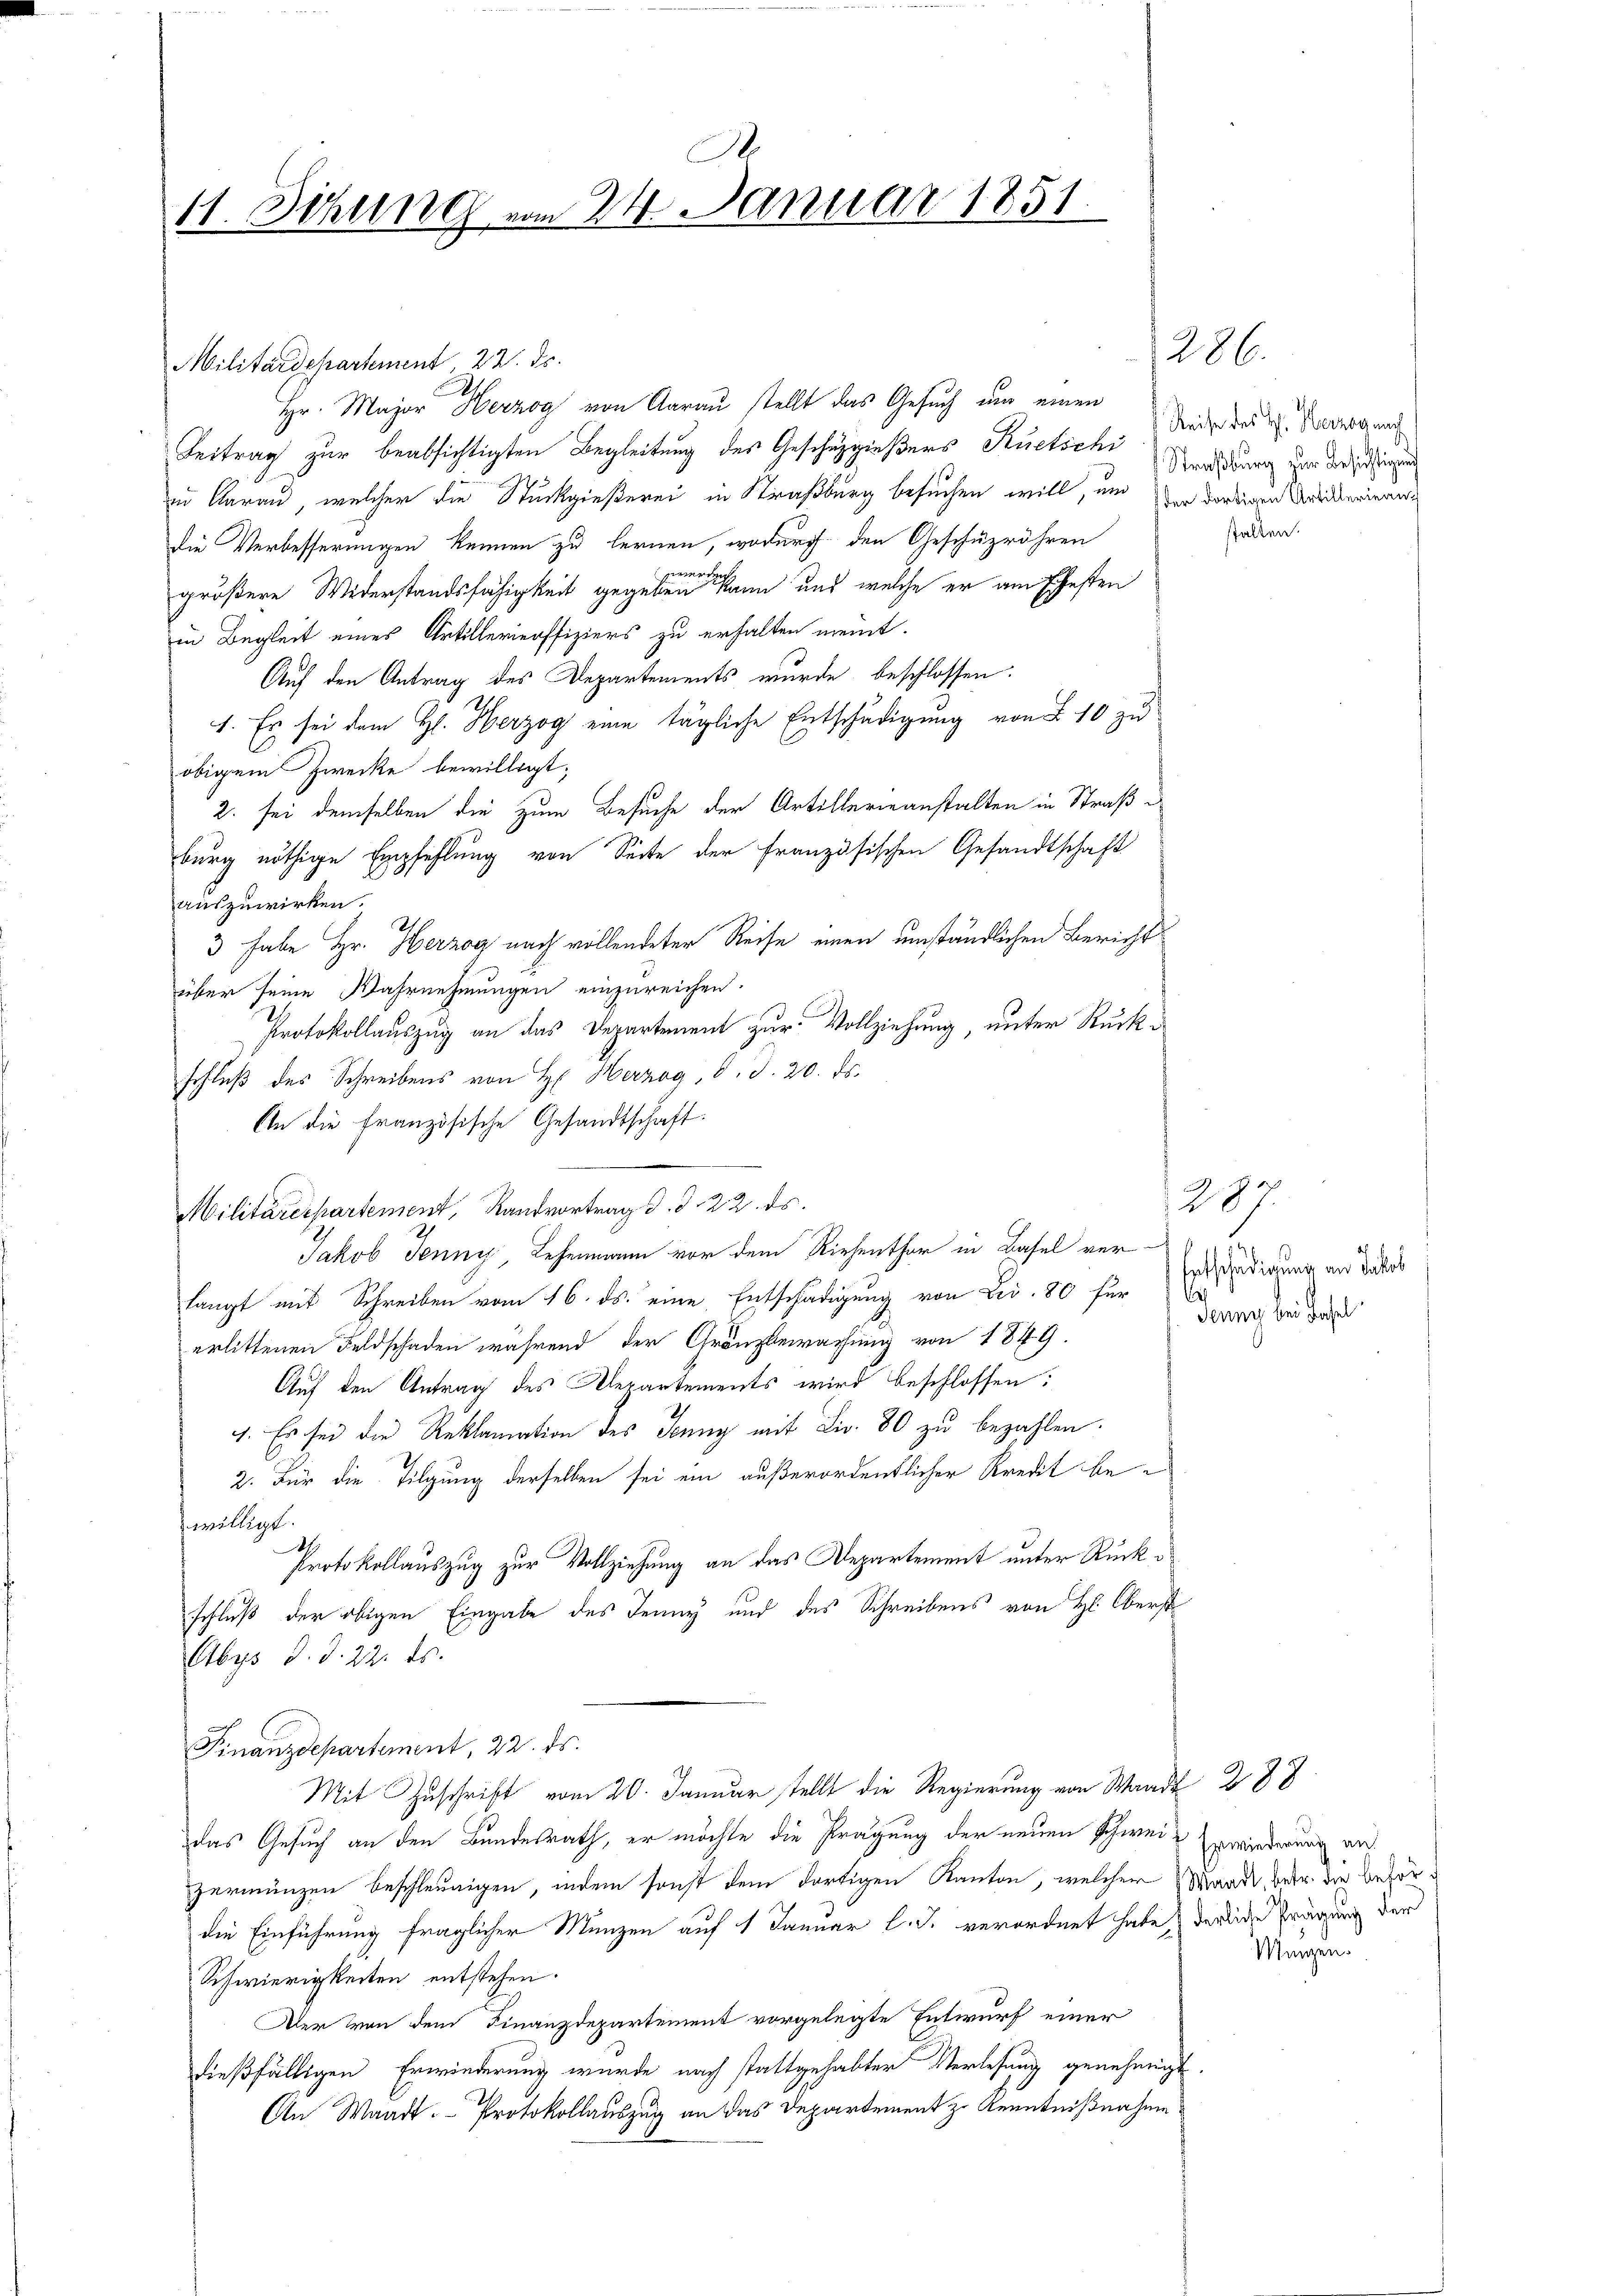
A
11. Sitzung vom 24. Januar 1851.

Militärdepartement, 22. ds.
Hr. Major Herzog von Aarau stellt das Gesuch um einen
Beitrag zur beabsichtigten Begleitung des Geschüzgießers Ruetschi
in darau, welcher die Stückgießerei in Straßburg besuchen will, um der dortigen Artikerinner
die Verbesserungen kennen zu lernen, wodurch den Geschuzröhren
gemein
größere Widerstandsfähigkeit gegeben kann und welche er am Ehesten
in Begleit eines Artillerieoffiziers zu erhalten meint.
Auf den Antrag des Departements wurde beschlossen.
1. Es sei dem H. Herzog eine tägliche Entschädigung von § 10 zu
obigem Zwecke bewilligt.
2. sei demselben die zum Besuche der Artillerieanstalten in Straße
burg nöthige Empfehlung von Seite der französischen Gesandtschaft
auszuwirken.
3 habe Hr. Herzog nach vollendeter Reise einen umständlichen Bericht
über seine Wahrnehmungen einzureichen.
Protokollauszug an das Departement zur Vollziehung, unter Rückschluß des Schreibens von H. Herzog, 8. d. 20. ds.
An die französische Gesandtschaft.
Militärdepartement, Randvortrag d. d. 22. ds.
Jakob Jenny, Lehenmann vor dem Riehenthor in Basel ver-
langt mit Schreiben vom 16. ds. eine Entschädigung von Dec. 80 für
erlittenen Feldschaden während der Gränzbewachung von 1849.
Auf den Antrag des Departements wird beschlossen:
4. Es sei die Reklamation des Jenny mit Fr. 80 zu bezahlen.
2. Für die Tilgung derselben sei ein außerordentlicher Kredit bewilligt.
S.
Protokollauszug zur Vollziehung an das Departement unter Rückschluß der obigen Eingabe des Jenny und des Schreibens von H: Oberst
Abys d. d. 22. ds.
Finanzdepartement, 22. ds.
Mit Zuschrift vom 20. Januar stellt die Regierung von Waadt 288
das Gesuch an den Bundesrath, er möchte die Prägung der neuen Schwei- Erwiederung an
zermänzen beschleunigen, indem sonst dem dortigen Kanton, welcher Waadt, betr. die Besordie Einführung fraglicher Münzen auf 1 Januar l. J. verordnet habe, derliche Prägung der
Schwierigkeiten entstehen.
Der von dem Finanzdepartement vorgelegte Entwurf einer
dießfälligen Erwiederung wurde nach stattgehabter Verlesung genehmigt
An Waadt. Protokollauszug an das Departement zu Kenntnißnahme

Reise des H. Herzog nach
Straßburg zur Besichtigung
stalten.

286.

287.
Entschädigung an Jakob
Jenny bei dasel

Mangen.